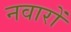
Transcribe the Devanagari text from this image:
नवारों